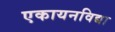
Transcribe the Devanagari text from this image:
एकायनविद्या